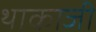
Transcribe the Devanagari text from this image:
थाकाजी